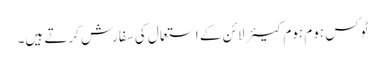
ٹوکس ہوم ہوم کیئر لائن کے استعمال کی سفارش کرتے ہیں۔